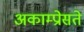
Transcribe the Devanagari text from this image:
अकाम्प्रोसते